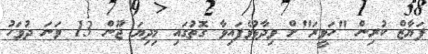
ފަޔާޒް ކުރިން "ހަވީރަ"ށް ވިދާޅުވެފައިވާ ގޮތުގައި މިދިޔަ ޖޫން 13 ވަނަ ދުވަހު